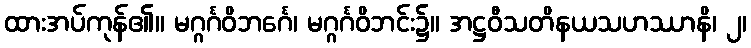
ထားအပ်ကုန်၏။ မဂ္ဂင်္ဂဝိဘင်္ဂေ၊ မဂ္ဂင်္ဂဝိဘင်း၌။ အဋ္ဌဝီသတိနယသဟဿာနိ၊ ၂၊